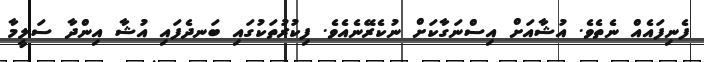
ފެނިފައެއް ނެތެވެ. އުޝާއަށް އިސްނަގާކަށް ނުކެރޭނެއެވެ. ފިކުރުތަކުގައި ބަނދެފައި އުޝާ އިންދާ ސަލީމާ